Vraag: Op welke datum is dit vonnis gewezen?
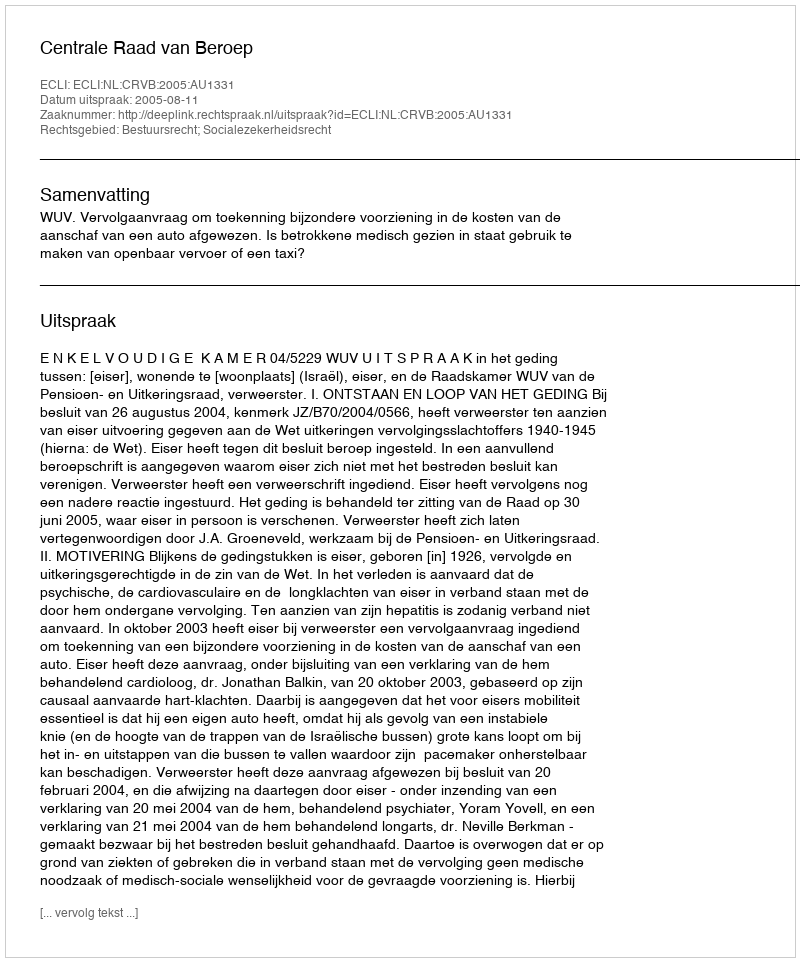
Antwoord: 2005-08-11